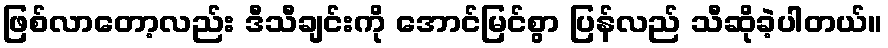
ဖြစ်လာတော့လည်း ဒီသီချင်းကို အောင်မြင်စွာ ပြန်လည် သီဆိုခဲ့ပါတယ်။